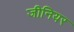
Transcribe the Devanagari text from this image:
जीनियर